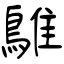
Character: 鵻